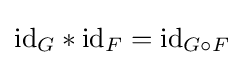
\mathrm {id} _{G}*\mathrm {id} _{F}=\mathrm {id} _{G\circ F}